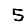
Digit: 5